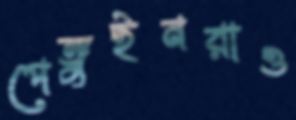
পেঙ্গুইনরাও